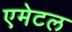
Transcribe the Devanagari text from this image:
एमेटल